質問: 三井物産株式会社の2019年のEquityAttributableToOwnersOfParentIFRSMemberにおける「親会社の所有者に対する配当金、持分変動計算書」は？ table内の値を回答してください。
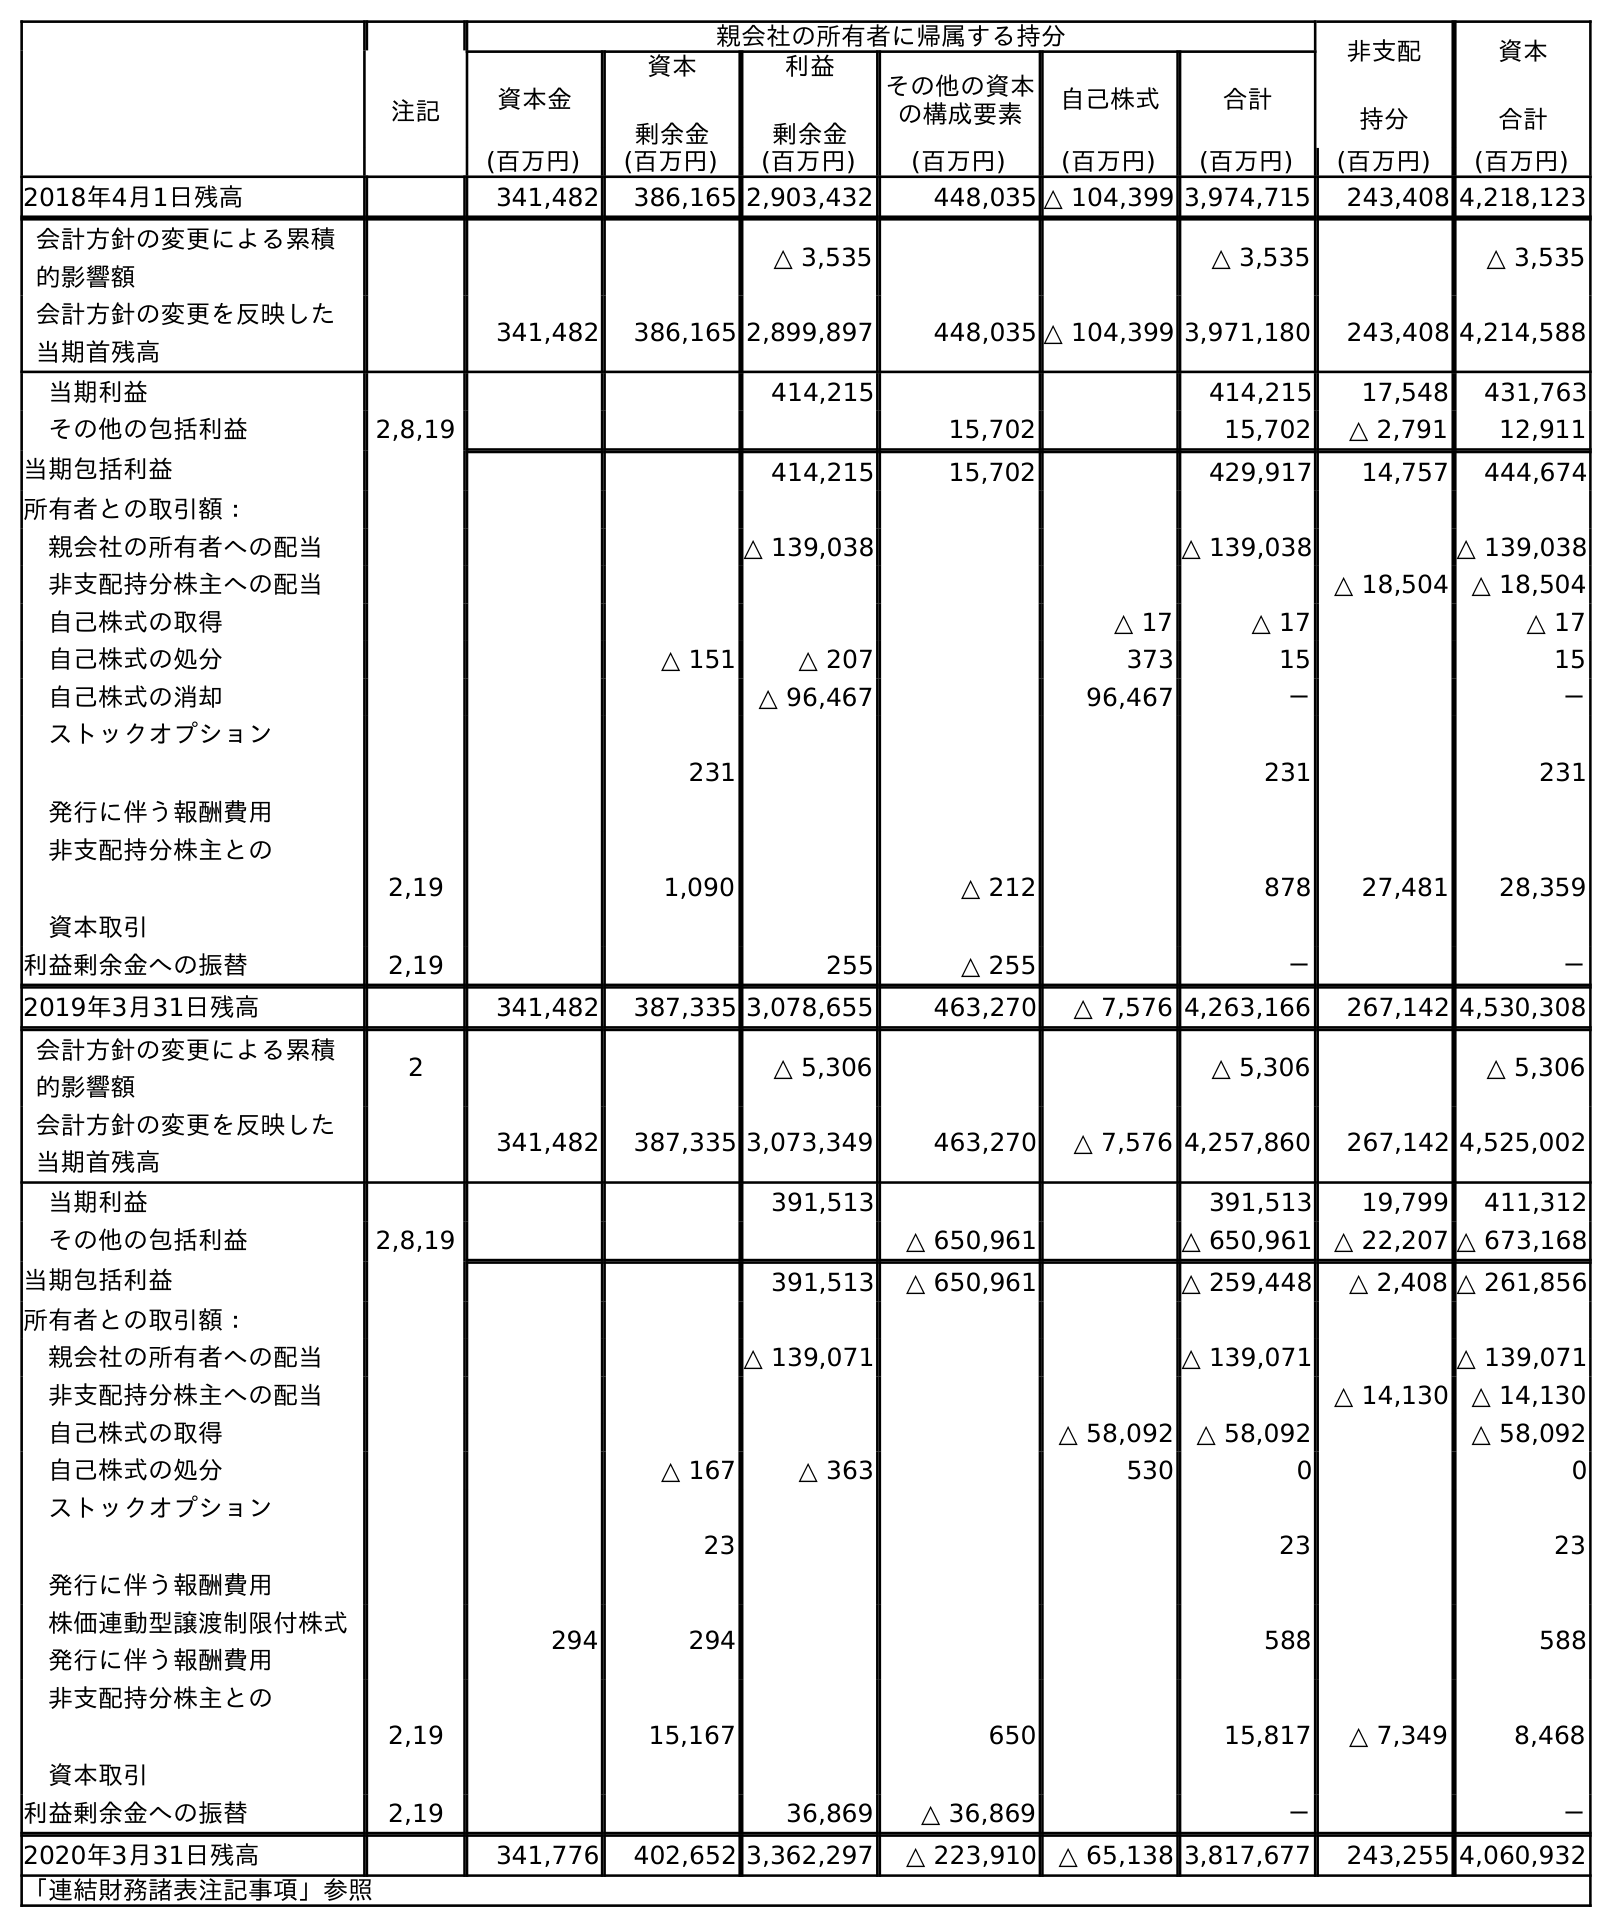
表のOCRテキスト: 親会社の所有者に帰属する持分 非支配 持分 資本 合計 注記 資本金 資本 剰余金 利益 剰余金 その他の資本 の構成要素 自己株式 合計 (百万円) (百万円) (百万円) (百万円) (百万円) (百万円) (百万円) (百万円) 2018年4月1日残高 341,482 386,165 2,903,432 448,035 △ 104,399 3,974,715 243,408 4,218,123 会計方針の変更による累積 的影響額 △ 3,535 △ 3,535 △ 3,535 会計方針の変更を反映した 当期首残高 341,482 386,165 2,899,897 448,035 △ 104,399 3,971,180 243,408 4,214,588 当期利益 414,215 414,215 17,548 431,763 その他の包括利益 2,8,19 15,702 15,702 △ 2,791 12,911 当期包括利益 414,215 15,702 429,917 14,757 444,674 所有者との取引額： 親会社の所有者への配当 △ 139,038 △ 139,038 △ 139,038 非支配持分株主への配当 △ 18,504 △ 18,504 自己株式の取得 △ 17 △ 17 △ 17 自己株式の処分 △ 151 △ 207 373 15 15 自己株式の消却 △ 96,467 96,467 － － ストックオプション 発行に伴う報酬費用 231 231 231 非支配持分株主との 資本取引 2,19 1,090 △ 212 878 27,481 28,359 利益剰余金への振替 2,19 255 △ 255 － － 2019年3月31日残高 341,482 387,335 3,078,655 463,270 △ 7,576 4,263,166 267,142 4,530,308 会計方針の変更による累積 的影響額 2 △ 5,306 △ 5,306 △ 5,306 会計方針の変更を反映した 当期首残高 341,482 387,335 3,073,349 463,270 △ 7,576 4,257,860 267,142 4,525,002 当期利益 391,513 391,513 19,799 411,312 その他の包括利益 2,8,19 △ 650,961 △ 650,961 △ 22,207 △ 673,168 当期包括利益 391,513 △ 650,961 △ 259,448 △ 2,408 △ 261,856 所有者との取引額： 親会社の所有者への配当 △ 139,071 △ 139,071 △ 139,071 非支配持分株主への配当 △ 14,130 △ 14,130 自己株式の取得 △ 58,092 △ 58,092 △ 58,092 自己株式の処分 △ 167 △ 363 530 0 0 ストックオプション 発行に伴う報酬費用 23 23 23 株価連動型譲渡制限付株式 発行に伴う報酬費用 294 294 588 588 非支配持分株主との 資本取引 2,19 15,167 650 15,817 △ 7,349 8,468 利益剰余金への振替 2,19 36,869 △ 36,869 － － 2020年3月31日残高 341,776 402,652 3,362,297 △ 223,910 △ 65,138 3,817,677 243,255 4,060,932 「連結財務諸表注記事項」参照
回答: △139,038